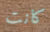
كانت